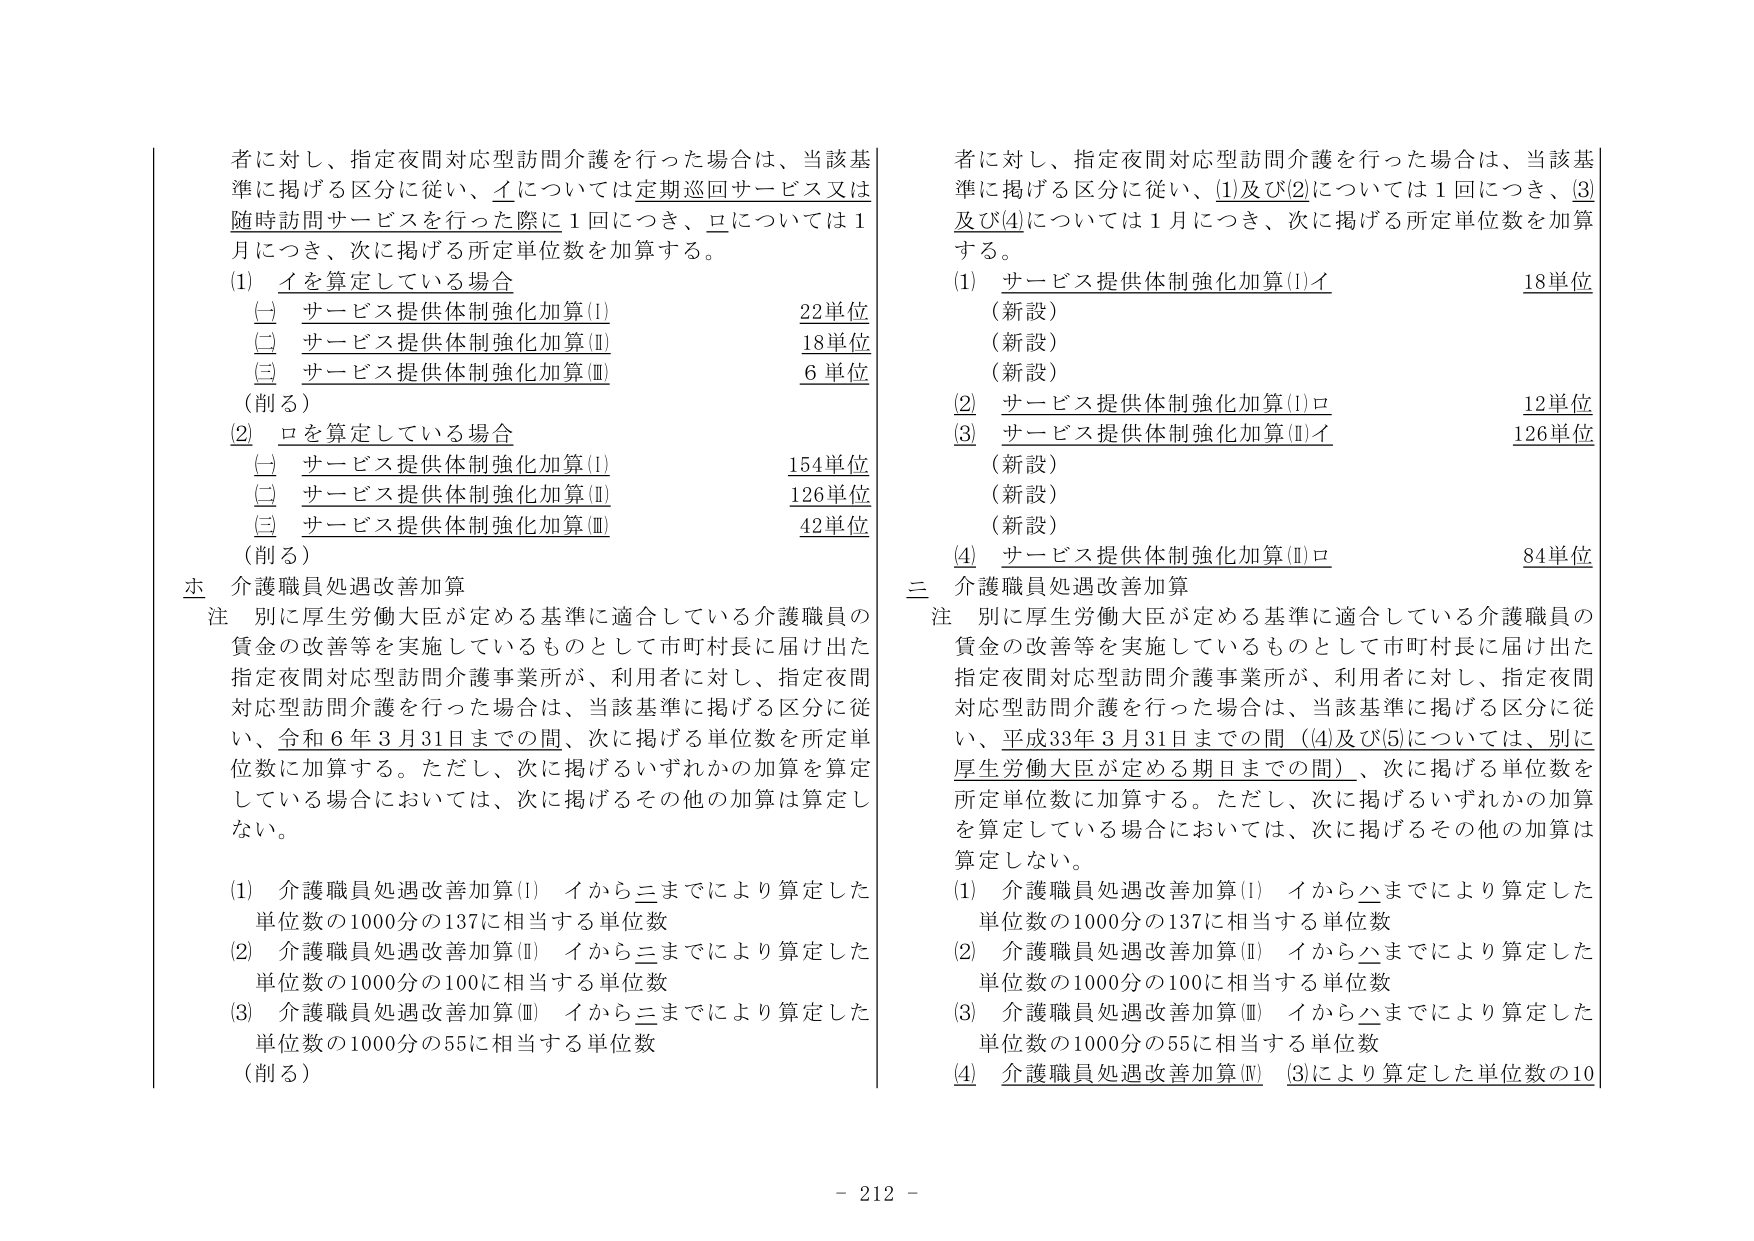
者に対し、指定夜間対応型訪問介護を行った場合は、当該基準に掲げる区分に従い、イについては定期巡回サービス又は随時訪問サービスを行った際に1回につき、ロについては1月につき、次に掲げる所定単位数を加算する。

(1) イを算定している場合
　(一) サービス提供体制強化加算(Ⅰ)　　　　　　　22単位
　(二) サービス提供体制強化加算(Ⅱ)　　　　　　　18単位
　(三) サービス提供体制強化加算(Ⅲ)　　　　　　　6単位
　(削る)

(2) ロを算定している場合
　(一) サービス提供体制強化加算(Ⅰ)　　　　　　　154単位
　(二) サービス提供体制強化加算(Ⅱ)　　　　　　　126単位
　(三) サービス提供体制強化加算(Ⅲ)　　　　　　　42単位
　(削る)

ホ 介護職員処遇改善加算

注 別に厚生労働大臣が定める基準に適合している介護職員の賃金の改善等を実施しているものとして市町村長に届け出た指定夜間対応型訪問介護事業所が、利用者に対し、指定夜間対応型訪問介護を行った場合は、当該基準に掲げる区分に従い、令和6年3月31日までの間、次に掲げる単位数を所定単位数に加算する。ただし、次に掲げるいずれかの加算を算定している場合においては、次に掲げるその他の加算は算定しない。

(1) 介護職員処遇改善加算(Ⅰ) イから三までにより算定した単位数の1000分の137に相当する単位数
(2) 介護職員処遇改善加算(Ⅱ) イから三までにより算定した単位数の1000分の100に相当する単位数
(3) 介護職員処遇改善加算(Ⅲ) イから三までにより算定した単位数の1000分の55に相当する単位数
(削る)

者に対し、指定夜間対応型訪問介護を行った場合は、当該基準に掲げる区分に従い、(1)及び(2)については1回につき、(3)及び(4)については1月につき、次に掲げる所定単位数を加算する。

(1) サービス提供体制強化加算(Ⅰ)イ　　　　　　　18単位
　(新設)
　(新設)
　(新設)
(2) サービス提供体制強化加算(Ⅰ)ロ　　　　　　　12単位
(3) サービス提供体制強化加算(Ⅱ)イ　　　　　　　126単位
　(新設)
　(新設)
　(新設)
(4) サービス提供体制強化加算(Ⅱ)ロ　　　　　　　84単位

三 介護職員処遇改善加算

注 別に厚生労働大臣が定める基準に適合している介護職員の賃金の改善等を実施しているものとして市町村長に届け出た指定夜間対応型訪問介護事業所が、利用者に対し、指定夜間対応型訪問介護を行った場合は、当該基準に掲げる区分に従い、平成33年3月31日までの間（(4)及び(5)については、別に厚生労働大臣が定める期日までの間）、次に掲げる単位数を所定単位数に加算する。ただし、次に掲げるいずれかの加算を算定している場合においては、次に掲げるその他の加算は算定しない。

(1) 介護職員処遇改善加算(Ⅰ) イからハまでにより算定した単位数の1000分の137に相当する単位数
(2) 介護職員処遇改善加算(Ⅱ) イからハまでにより算定した単位数の1000分の100に相当する単位数
(3) 介護職員処遇改善加算(Ⅲ) イからハまでにより算定した単位数の1000分の55に相当する単位数
(4) 介護職員処遇改善加算(Ⅳ) (3)により算定した単位数の10

- 212 -